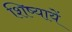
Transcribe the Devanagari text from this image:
शिष्यायें